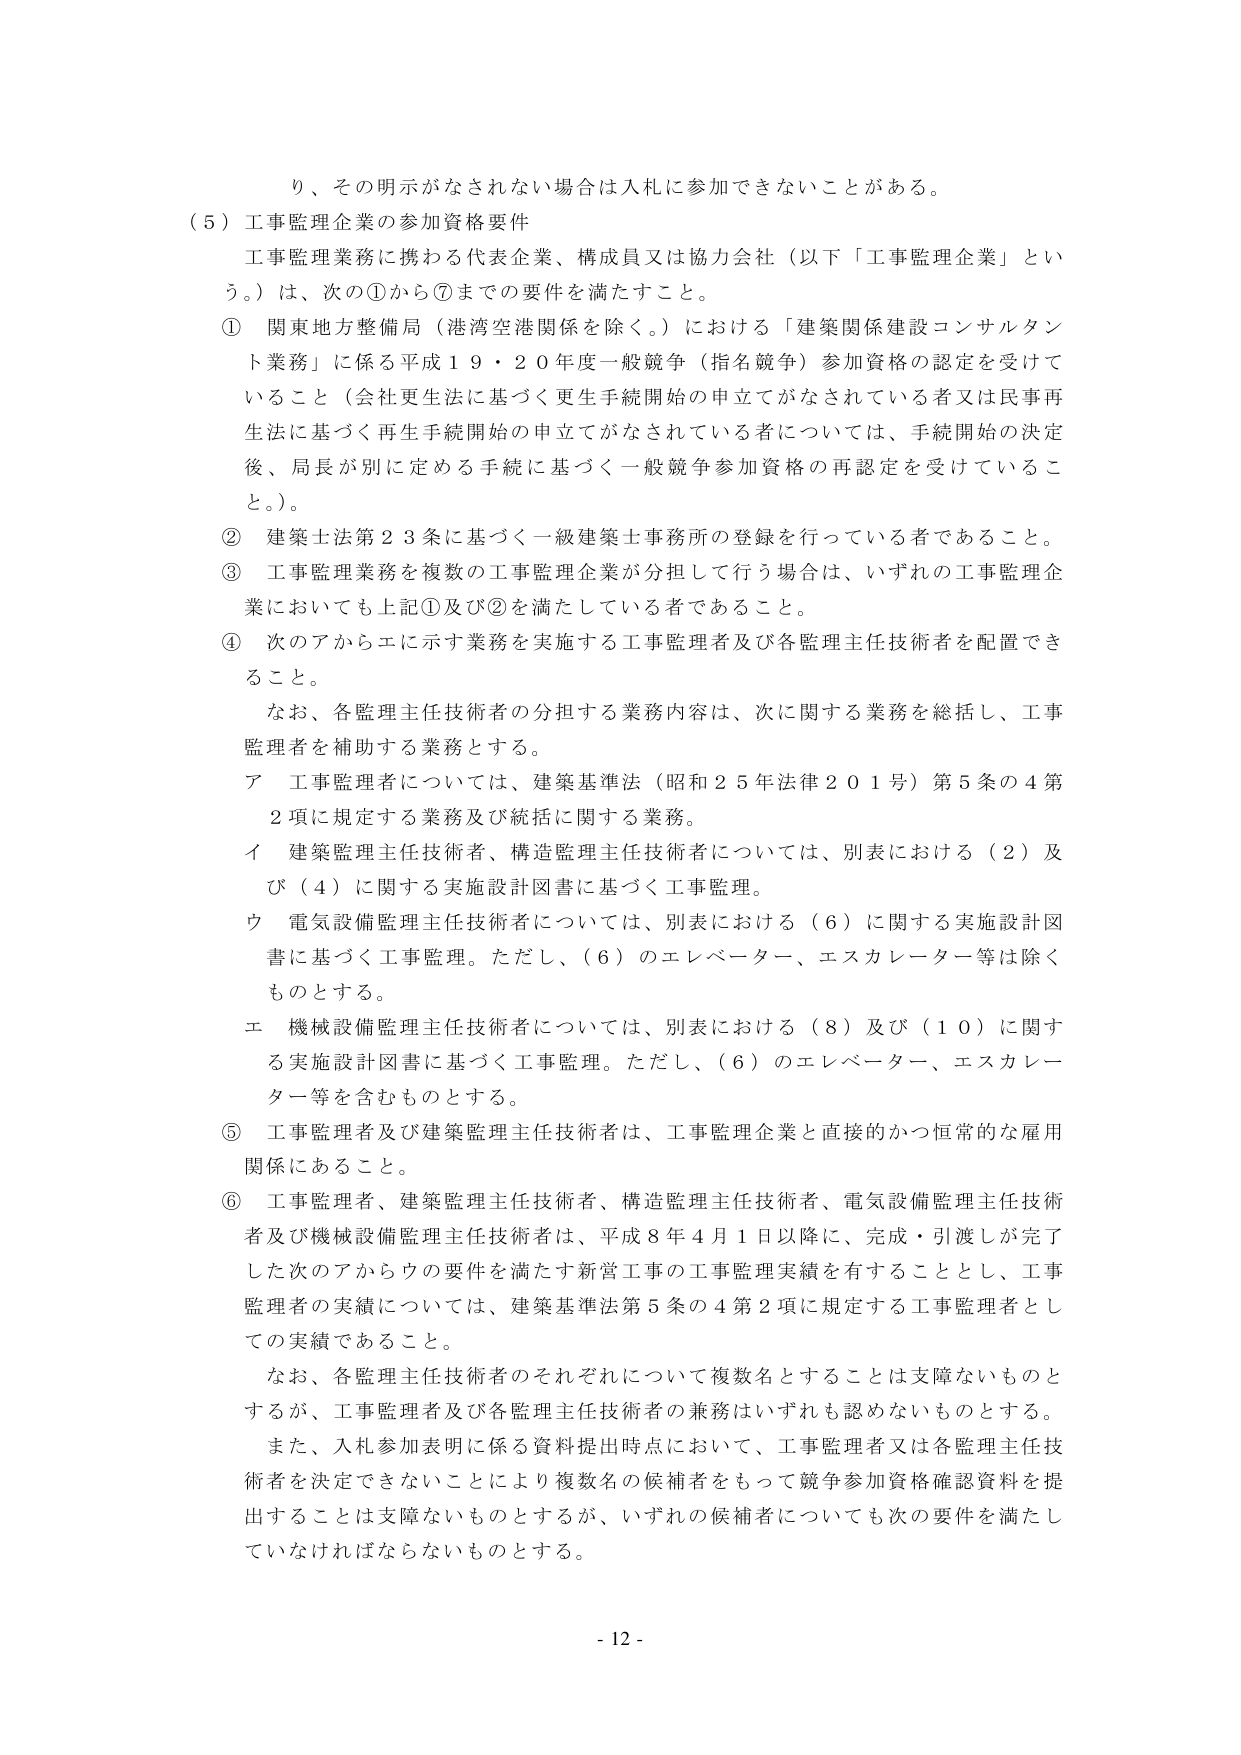
り、その明示がなされない場合は入札に参加できないことがある。

（５）工事監理企業の参加資格要件

工事監理業務に携わる代表企業、構成員又は協力会社（以下「工事監理企業」という。）は、次の①から⑦までの要件を満たすこと。

① 関東地方整備局（港湾空港関係を除く。）における「建築関係建設コンサルタント業務」に係る平成１９・２０年度一般競争（指名競争）参加資格の認定を受けていること（会社更生法に基づく更生手続開始の申立てがなされている者又は民事再生法に基づく再生手続開始の申立てがなされている者については、手続開始の決定後、局長が別に定める手続に基づく一般競争参加資格の再認定を受けていること。）。

② 建築士法第２３条に基づく一級建築士事務所の登録を行っている者であること。

③ 工事監理業務を複数の工事監理企業が分担して行う場合は、いずれの工事監理企業においても上記①及び②を満たしている者であること。

④ 次のアからエに示す業務を実施する工事監理者及び各監理主任技術者を配置できること。

　なお、各監理主任技術者の分担する業務内容は、次に関する業務を総括し、工事監理者を補助する業務とする。

　ア 工事監理者については、建築基準法（昭和２５年法律２０１号）第５条の４第２項に規定する業務及び統括に関する業務。

　イ 建築監理主任技術者、構造監理主任技術者については、別表における（２）及び（４）に関する実施設計図書に基づく工事監理。

　ウ 電気設備監理主任技術者については、別表における（６）に関する実施設計図書に基づく工事監理。ただし、（６）のエレベーター、エスカレーター等は除くものとする。

　エ 機械設備監理主任技術者については、別表における（８）及び（１０）に関する実施設計図書に基づく工事監理。ただし、（６）のエレベーター、エスカレーター等を含むものとする。

⑤ 工事監理者及び建築監理主任技術者は、工事監理企業と直接的かつ恒常的な雇用関係にあること。

⑥ 工事監理者、建築監理主任技術者、構造監理主任技術者、電気設備監理主任技術者及び機械設備監理主任技術者は、平成８年４月１日以降に、完成・引渡しが完了した次のアからウの要件を満たす新営工事の工事監理実績を有することとし、工事監理者の実績については、建築基準法第５条の４第２項に規定する工事監理者としての実績であること。

　なお、各監理主任技術者のそれぞれについて複数名とすることは支障ないものとするが、工事監理者及び各監理主任技術者の兼務はいずれも認めないものとする。

　また、入札参加表明に係る資料提出時点において、工事監理者又は各監理主任技術者を決定できないことにより複数名の候補者をもって競争参加資格確認資料を提出することは支障ないものとするが、いずれの候補者についても次の要件を満たしていなければならないものとする。

- 12 -